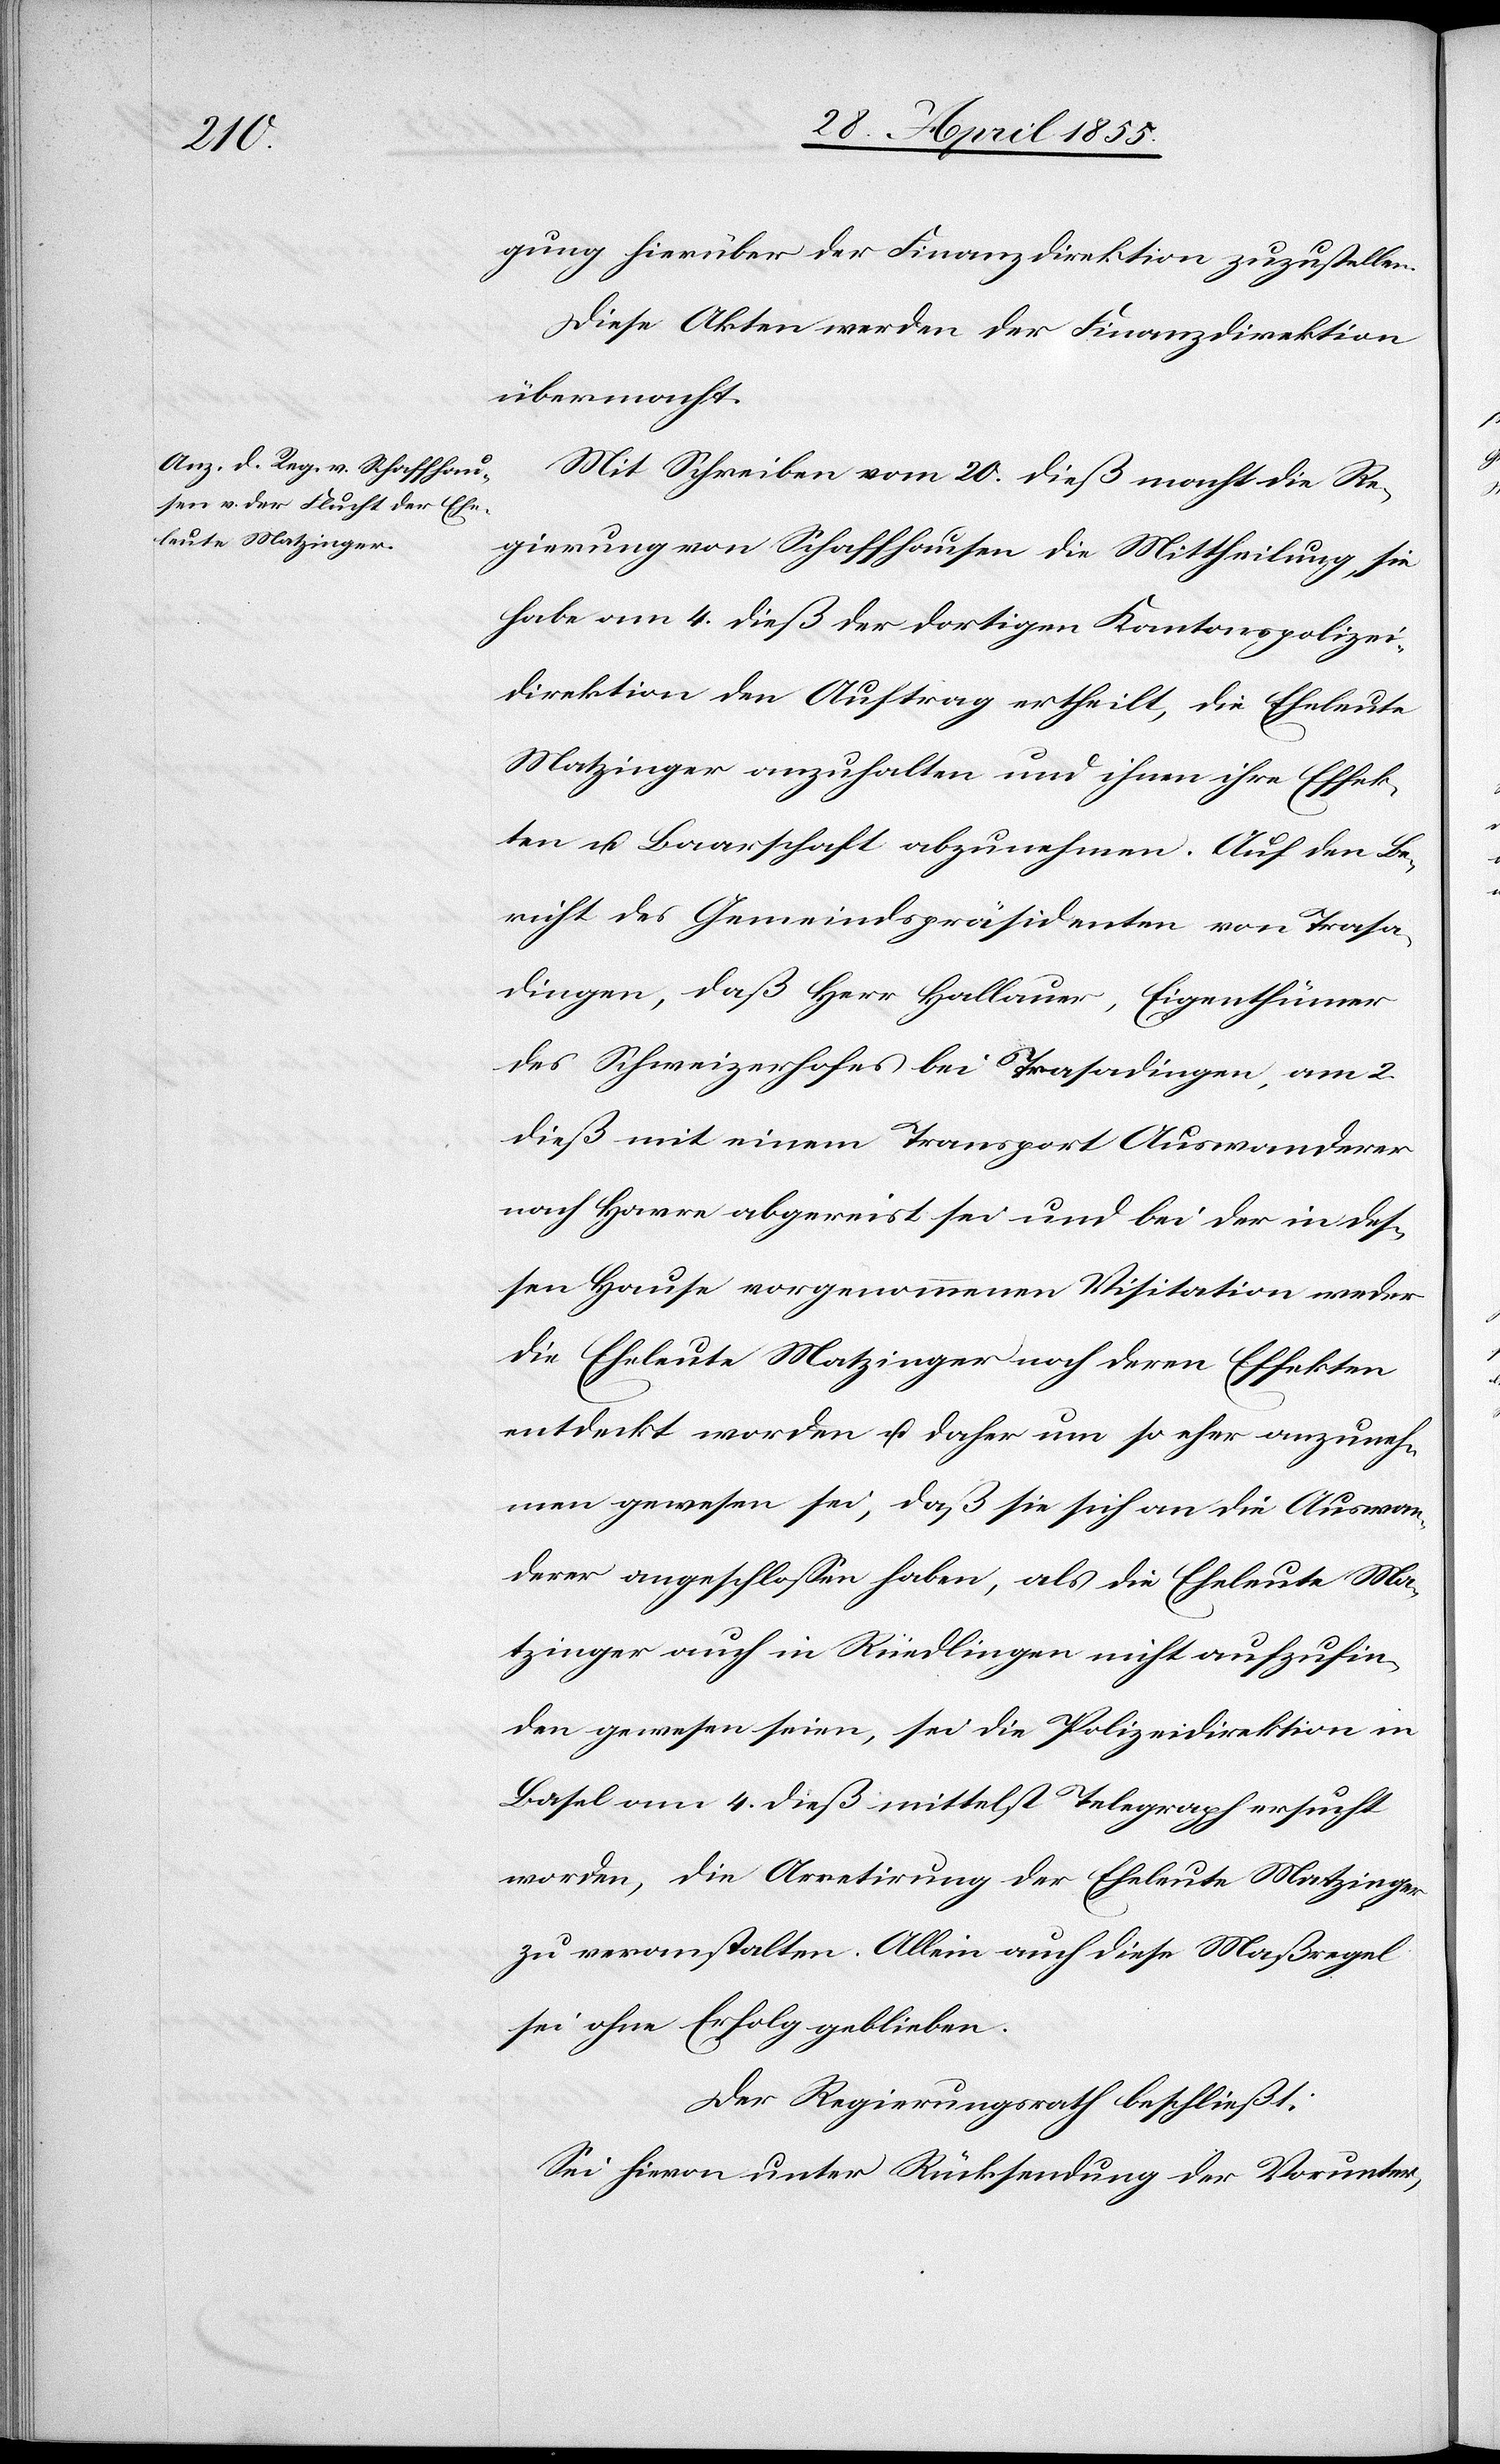
gung hierüber der Finanzdirektion zuzustellen.
Diese Akten werden der Finanzdirektion
übermacht.
Mit Schreiben vom 20. dieß macht die Re¬
gierung von Schaffhausen die Mittheilung, sie
habe am 4. dieß der dortigen Kantonspolizei¬
direktion den Auftrag ertheilt, die Eheleute
Matzinger anzuhalten und ihnen ihre Effek¬
ten u. Baarschaft abzunehmen. Auf den Be¬
richt des Gemeindspräsidenten von Trasa¬
dingen, daß Herr Hallauer, Eigenthümer
des Schweizerhofes bei Trasadingen, am 2.
dieß mit einem Transport Auswanderer
nach Havre abgereist sei und bei der in des¬
sen Hause vorgenommenen Visitation weder
die Eheleute Matzinger noch deren Effekten
entdeckt worden u. daher um so eher anzuneh¬
men gewesen sei, daß sie sich an die Auswan¬
derer angeschlossen haben, als die Eheleute Ma¬
tzinger auch in Rüedlingen nicht aufzufin¬
den gewesen seien, sei die Polizeidirektion in
Basel am 4. dieß mittelst Telegraph ersucht
worden, die Arretirung der Eheleute Matzinger
zu veranstalten. Allein auch diese Maßregel
sei ohne Erfolg geblieben.
Der Regierungsrath beschließt:
Sei hievon unter Rücksendung der Vorunter-